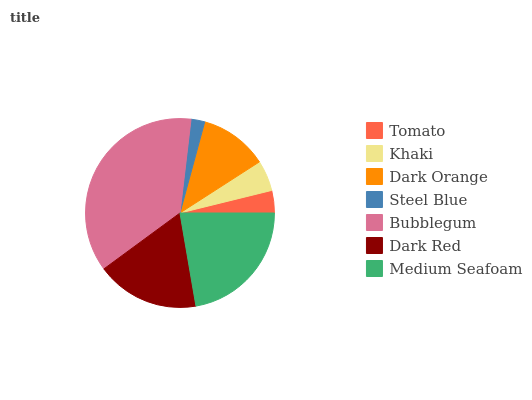
| Tomato | Khaki | Dark Orange | Steel Blue | Bubblegum | Dark Red | Medium Seafoam |
 | --- | --- | --- | --- | --- | --- | --- |
 | 3.84% | 5.27% | 11.7% | 2.36% | 36.9% | 17.7% | 22.3% |